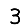
Digit: 3